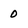
Character: 0